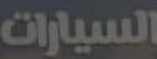
السيارات